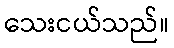
သေးငယ်သည်။